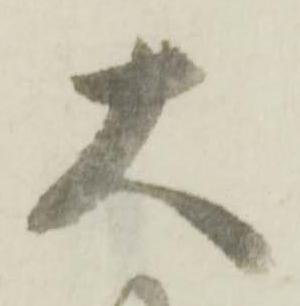
大